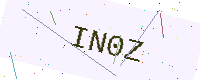
Text: IN0Z